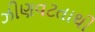
ઝીણવટતાથી